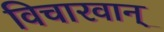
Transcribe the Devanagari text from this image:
विचारवान्